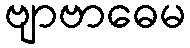
ဗျာဗာဓေမ